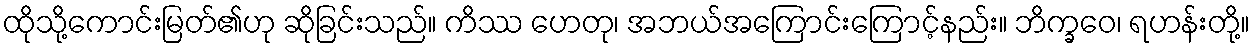
ထိုသို့ကောင်းမြတ်၏ဟု ဆိုခြင်းသည်။ ကိဿ ဟေတု၊ အဘယ်အကြောင်းကြောင့်နည်း။ ဘိက္ခဝေ၊ ရဟန်းတို့။